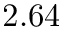
2 . 6 4